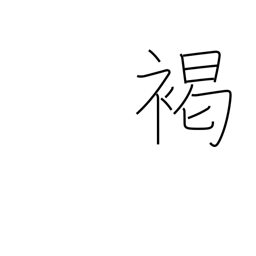
Meaning: brown